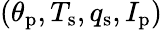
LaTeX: (\theta_{\mathrm{p}},T_{\mathrm{s}},q_{\mathrm{s}},I_{\mathrm{p}})